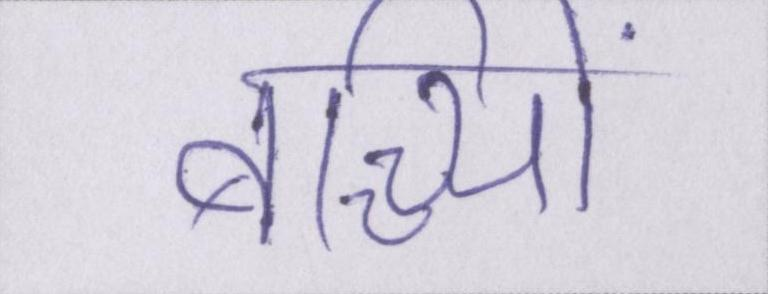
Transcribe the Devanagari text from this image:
बच्च्यिों